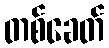
တစ်ခေတ်